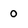
Character: 0